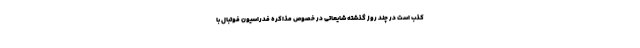
کذب است در چند روز گذشته شایعاتی در خصوص مذاکره فدراسیون فوتبال با